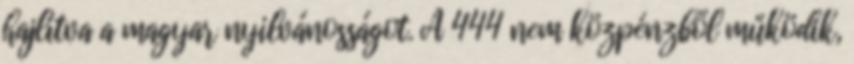
hajlítva a magyar nyilvánosságot. A 444 nem közpénzből működik,